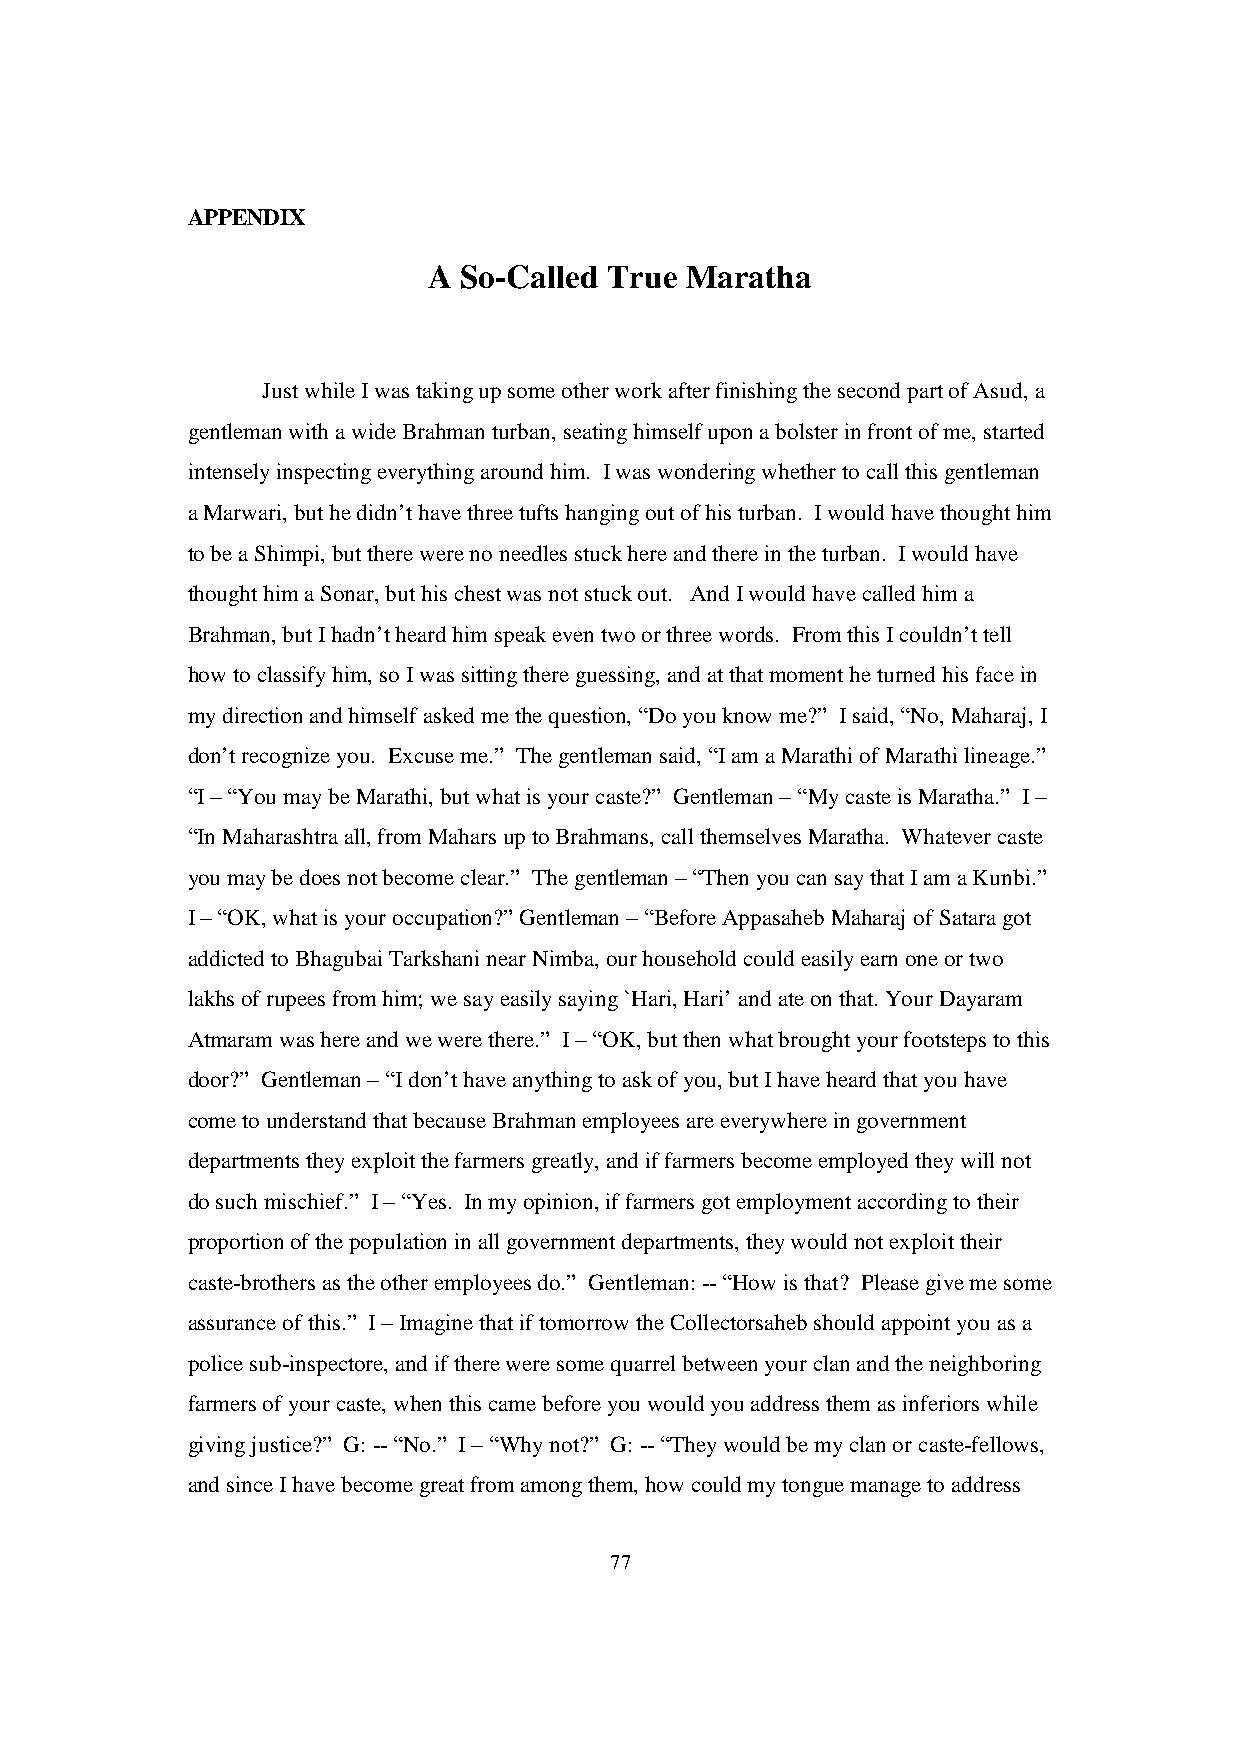
APPENDIX
 A So-Called True Maratha
 Just while I was taking up some other work after finishing the second part of Asud, a
 gentleman with a wide Brahman turban, seating himself upon a bolster in front of me, started
 intensely inspecting everything around him. I was wondering whether to call this gentleman
 a Marwari, but he didn’t have three tufts hanging out of his turban. I would have thought him
 to be a Shimpi, but there were no needles stuck here and there in the turban. I would have
 thought him a Sonar, but his chest was not stuck out. And I would have called him a
 Brahman, but I hadn’t heard him speak even two or three words. From this I couldn’t tell
 how to classify him, so I was sitting there guessing, and at that moment he turned his face in
 my direction and himself asked me the question, “Do you know me?” I said, “No, Maharaj, I
 don’t recognize you. Excuse me.” The gentleman said, “I am a Marathi of Marathi lineage.”
 “I – “You may be Marathi, but what is your caste?” Gentleman – “My caste is Maratha.” I –
 “In Maharashtra all, from Mahars up to Brahmans, call themselves Maratha. Whatever caste
 you may be does not become clear.” The gentleman – “Then you can say that I am a Kunbi.”
 I – “OK, what is your occupation?” Gentleman – “Before Appasaheb Maharaj of Satara got
 addicted to Bhagubai Tarkshani near Nimba, our household could easily earn one or two
 lakhs of rupees from him; we say easily saying `Hari, Hari’ and ate on that. Your Dayaram
 Atmaram was here and we were there.” I – “OK, but then what brought your footsteps to this
 door?” Gentleman – “I don’t have anything to ask of you, but I have heard that you have
 come to understand that because Brahman employees are everywhere in government
 departments they exploit the farmers greatly, and if farmers become employed they will not
 do such mischief.” I – “Yes. In my opinion, if farmers got employment according to their
 proportion of the population in all government departments, they would not exploit their
 caste-brothers as the other employees do.” Gentleman: -- “How is that? Please give me some
 assurance of this.” I – Imagine that if tomorrow the Collectorsaheb should appoint you as a
 police sub-inspectore, and if there were some quarrel between your clan and the neighboring
 farmers of your caste, when this came before you would you address them as inferiors while
 giving justice?” G: -- “No.” I – “Why not?” G: -- “They would be my clan or caste-fellows,
 and since I have become great from among them, how could my tongue manage to address
 77